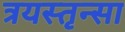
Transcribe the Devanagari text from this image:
त्रयस्तृन्सा